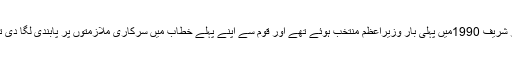
نواز شریف 1990میں پہلی بار وزیراعظم منتخب ہوئے تھے اور قوم سے اپنے پہلے خطاب میں سرکاری ملازمتوں پر پابندی لگا دی تھی۔